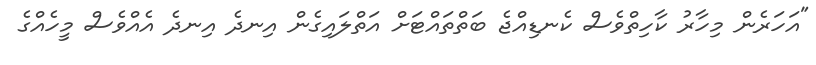
"އަހަރެން މިހާރު ކާހިތްވެސް ކެނޑިއްޖެ ބަތްތައްޓަށް އަތްލައިގެން އިނދެ އިނދެ އެއްވެސް މީހެއްގެ